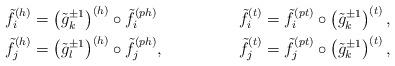
LaTeX: \begin{align*}{\tilde{f}}_i^{(h)}&=\left({\tilde{g}}_k^{\pm 1}\right)^{(h)}\circ {\tilde{f}}_i^{(ph)}&{\tilde{f}}_i^{(t)}&={\tilde{f}}_i^{(pt)}\circ \left({\tilde{g}}_k^{\pm 1}\right)^{(t)},\\{\tilde{f}}_j^{(h)}&= \left({\tilde{g}}_l^{\pm 1}\right)^{(h)}\circ {\tilde{f}}_j^{(ph)},&{\tilde{f}}_j^{(t)}&={\tilde{f}}_j^{(pt)}\circ \left({\tilde{g}}_k^{\pm 1}\right)^{(t)},\end{align*}